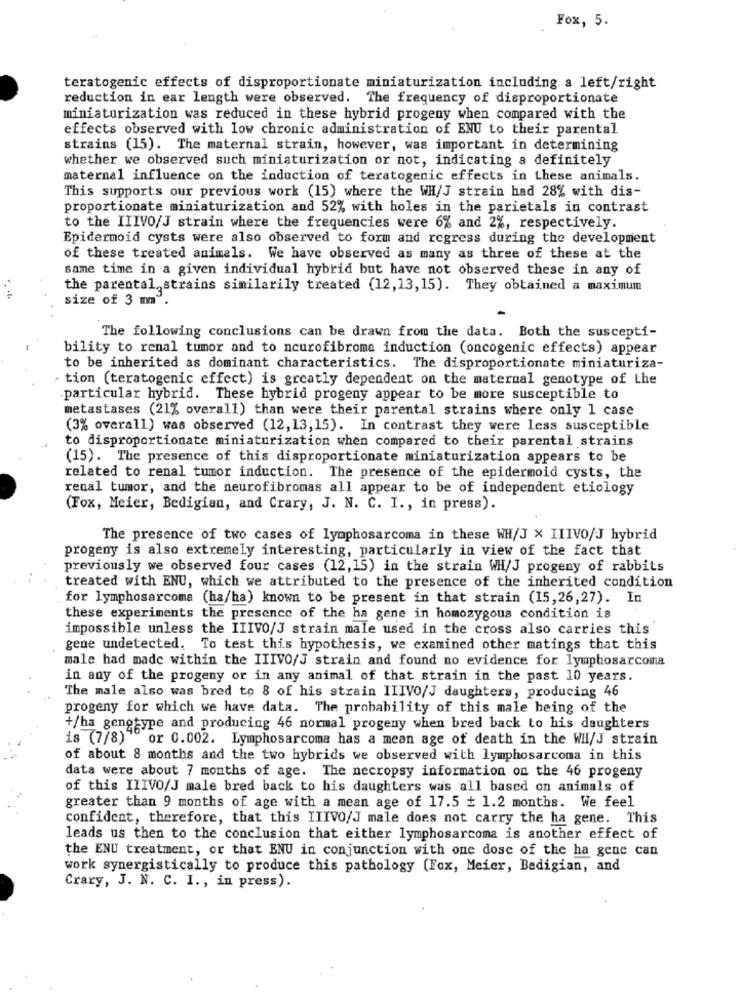
Fox, 5.
teratogenic effects of disproportionate miniaturization including a left/right
reduction in ear length were observed. The frequency of disproportionate
miniaturization was reduced in these hybrid progeny when compared with the
effects observed with low chronic administration of ENU to their parental
strains (15). The maternal strain, however, was important in determining
whether we observed such miniaturization or not, indicating a definitely
maternal influence on the induction of teratogenic effects in these animals.
This supports our previous work (15) where the WH/J strain had 28% with dis-
proportionate miniaturization and 52% with holes in the parietals in contrast
to the IIIVO/J strain where the frequencies were 6% and 2%, respectively.
Epidermoid cysts were also observed to form and regress during the development
of these treated animals. We have observed as many as three of these at the
same time in a given individual hybrid but have not observed these in any of
the parental, strains similarily treated (12,13,15). They obtained a maximum
size of 3 m".
The following conclusions can be drawn from the data. Both the suscepti-
bility to renal tumor and to neurofibroma induction (oncogenic effects) appear
to be inherited as dominant characteristics. The disproportionate miniaturiza-
tion (teratogenic effect) is greatly dependent on the maternal genotype of the
particular hybrid. These hybrid progeny appear to be more susceptible to
metastases (21% overall) than were their parental strains where only 1 case
(3% overall) was observed (12, 13,15). In contrast they were less susceptible
to disproportionate miniaturization when compared to their parental strains
(15). The presence of this disproportionate miniaturization appears to be
related to renal tumor induction. The presence of the epidermoid cysts, the
renal tumor, and the neurofibromas all appear to be of independent etiology
(Fox, Meier, Bedigian, and Crary, J. N. C. I ., in press).
The presence of two cases of lymphosarcoma in these WH/J x IIIVO/J hybrid
progeny is also extremely interesting, particularly in view of the fact that
previously we observed four cases (12,15) in the strain WH/J progeny of rabbits
treated with ENU, which we attributed to the presence of the inherited condition
for lymphosarcoma (ha/ha) known to be present in that strain (15,26,27). In
these experiments the presence of the ha gene in homozygous condition is
impossible unless the IIIVO/J strain male used in the cross also carries this
gene undetected. To test this hypothesis, we examined other matings that this
male had made within the IIIVO/J strain and found no evidence for lymphosarcoma
in any of the progeny or in any animal of that strain in the past 10 years.
The male also was bred to 8 of his strain IIIVO/J daughters, producing 46
progeny for which we have data. The probability of this male being of the
+/ha genotype and producing 46 normal progeny when bred back to his daughters
is (7/8)" or 0.002. Lymphosarcoma has a mean age of death in the WHl/J strain
of about 8 months and the two hybrids we observed with lymphosarcoma in this
data were about 7 months of age. The necropsy information on the 46 progeny
of this IIIVO/J male bred back to his daughters was all based on animals of
greater than 9 months of age with a mean age of 17.5 + 1.2 months. We feel
confident, therefore, that this IIIVO/J male does not carry the ha gene. This
leads us then to the conclusion that either lymphosarcoma is another effect of
the ENU treatment, or that ENU in conjunction with one dose of the ha gene can
work synergistically to produce this pathology (Fox, Meier, Bedigian, and
Crary, J. N. C. I ., in press).